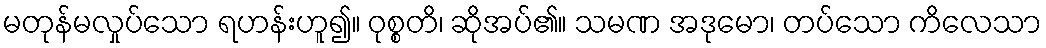
မတုန်မလှုပ်သော ရဟန်းဟူ၍။ ဝုစ္စတိ၊ ဆိုအပ်၏။ သမဏ အဒုမော၊ တပ်သော ကိလေသာ